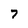
Character: 7